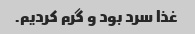
غذا سرد بود و گرم کردیم.